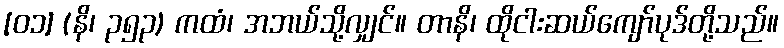
[၀၁] (နိ၊ ၃၅၃) ကထံ၊ အဘယ်သို့လျှင်။ တာနိ၊ ထိုငါးဆယ်ကျော်ပုဒ်တို့သည်။